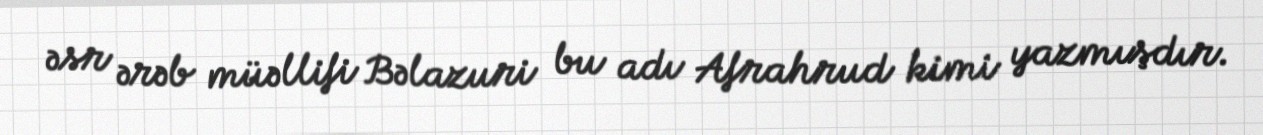
əsr ərəb müəllifi Bəlazuri bu adı Afrahrud kimi yazmışdır.